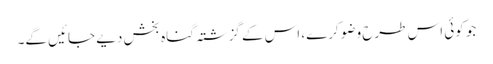
جو کوئی اس طرح وضو کرے، اس کے گزشتہ گناہ بخش دیے جائیں گے۔